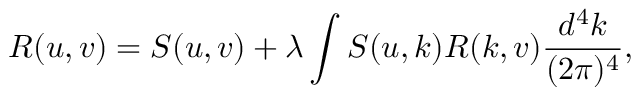
R ( u , v ) = S ( u , v ) + \lambda \int S ( u , k ) R ( k , v ) \frac { d ^ { 4 } k } { ( 2 \pi ) ^ { 4 } } ,